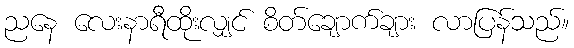
ညနေ လေးနာရီထိုးလျှင် စိတ်ချောက်ချား လာပြန်သည်။